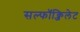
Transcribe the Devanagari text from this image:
सल्फॉक्जिलेट